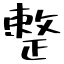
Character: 整